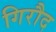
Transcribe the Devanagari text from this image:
गिरौद